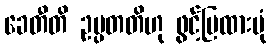
ခေတီတိ ဥပ္ပတတိဟု ဖွင့်ပြထားပုံ